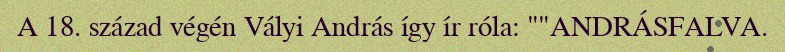
A 18. század végén Vályi András így ír róla: ""ANDRÁSFALVA.